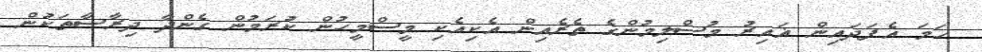
ހަމަ އެފަދައިން ޣައިރު މުސްލިމުންގެ ތެރެއިން އެކިއެކި މީސްމީހުން ކުރަމުން ގެންދާ ދިރާސާތަކުން